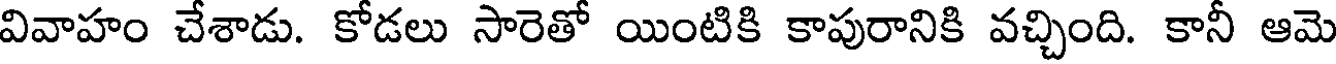
వివాహం చేశాడు. కోడలు సారెతో యింటికి కాపురానికి వచ్చింది. కానీ ఆమె